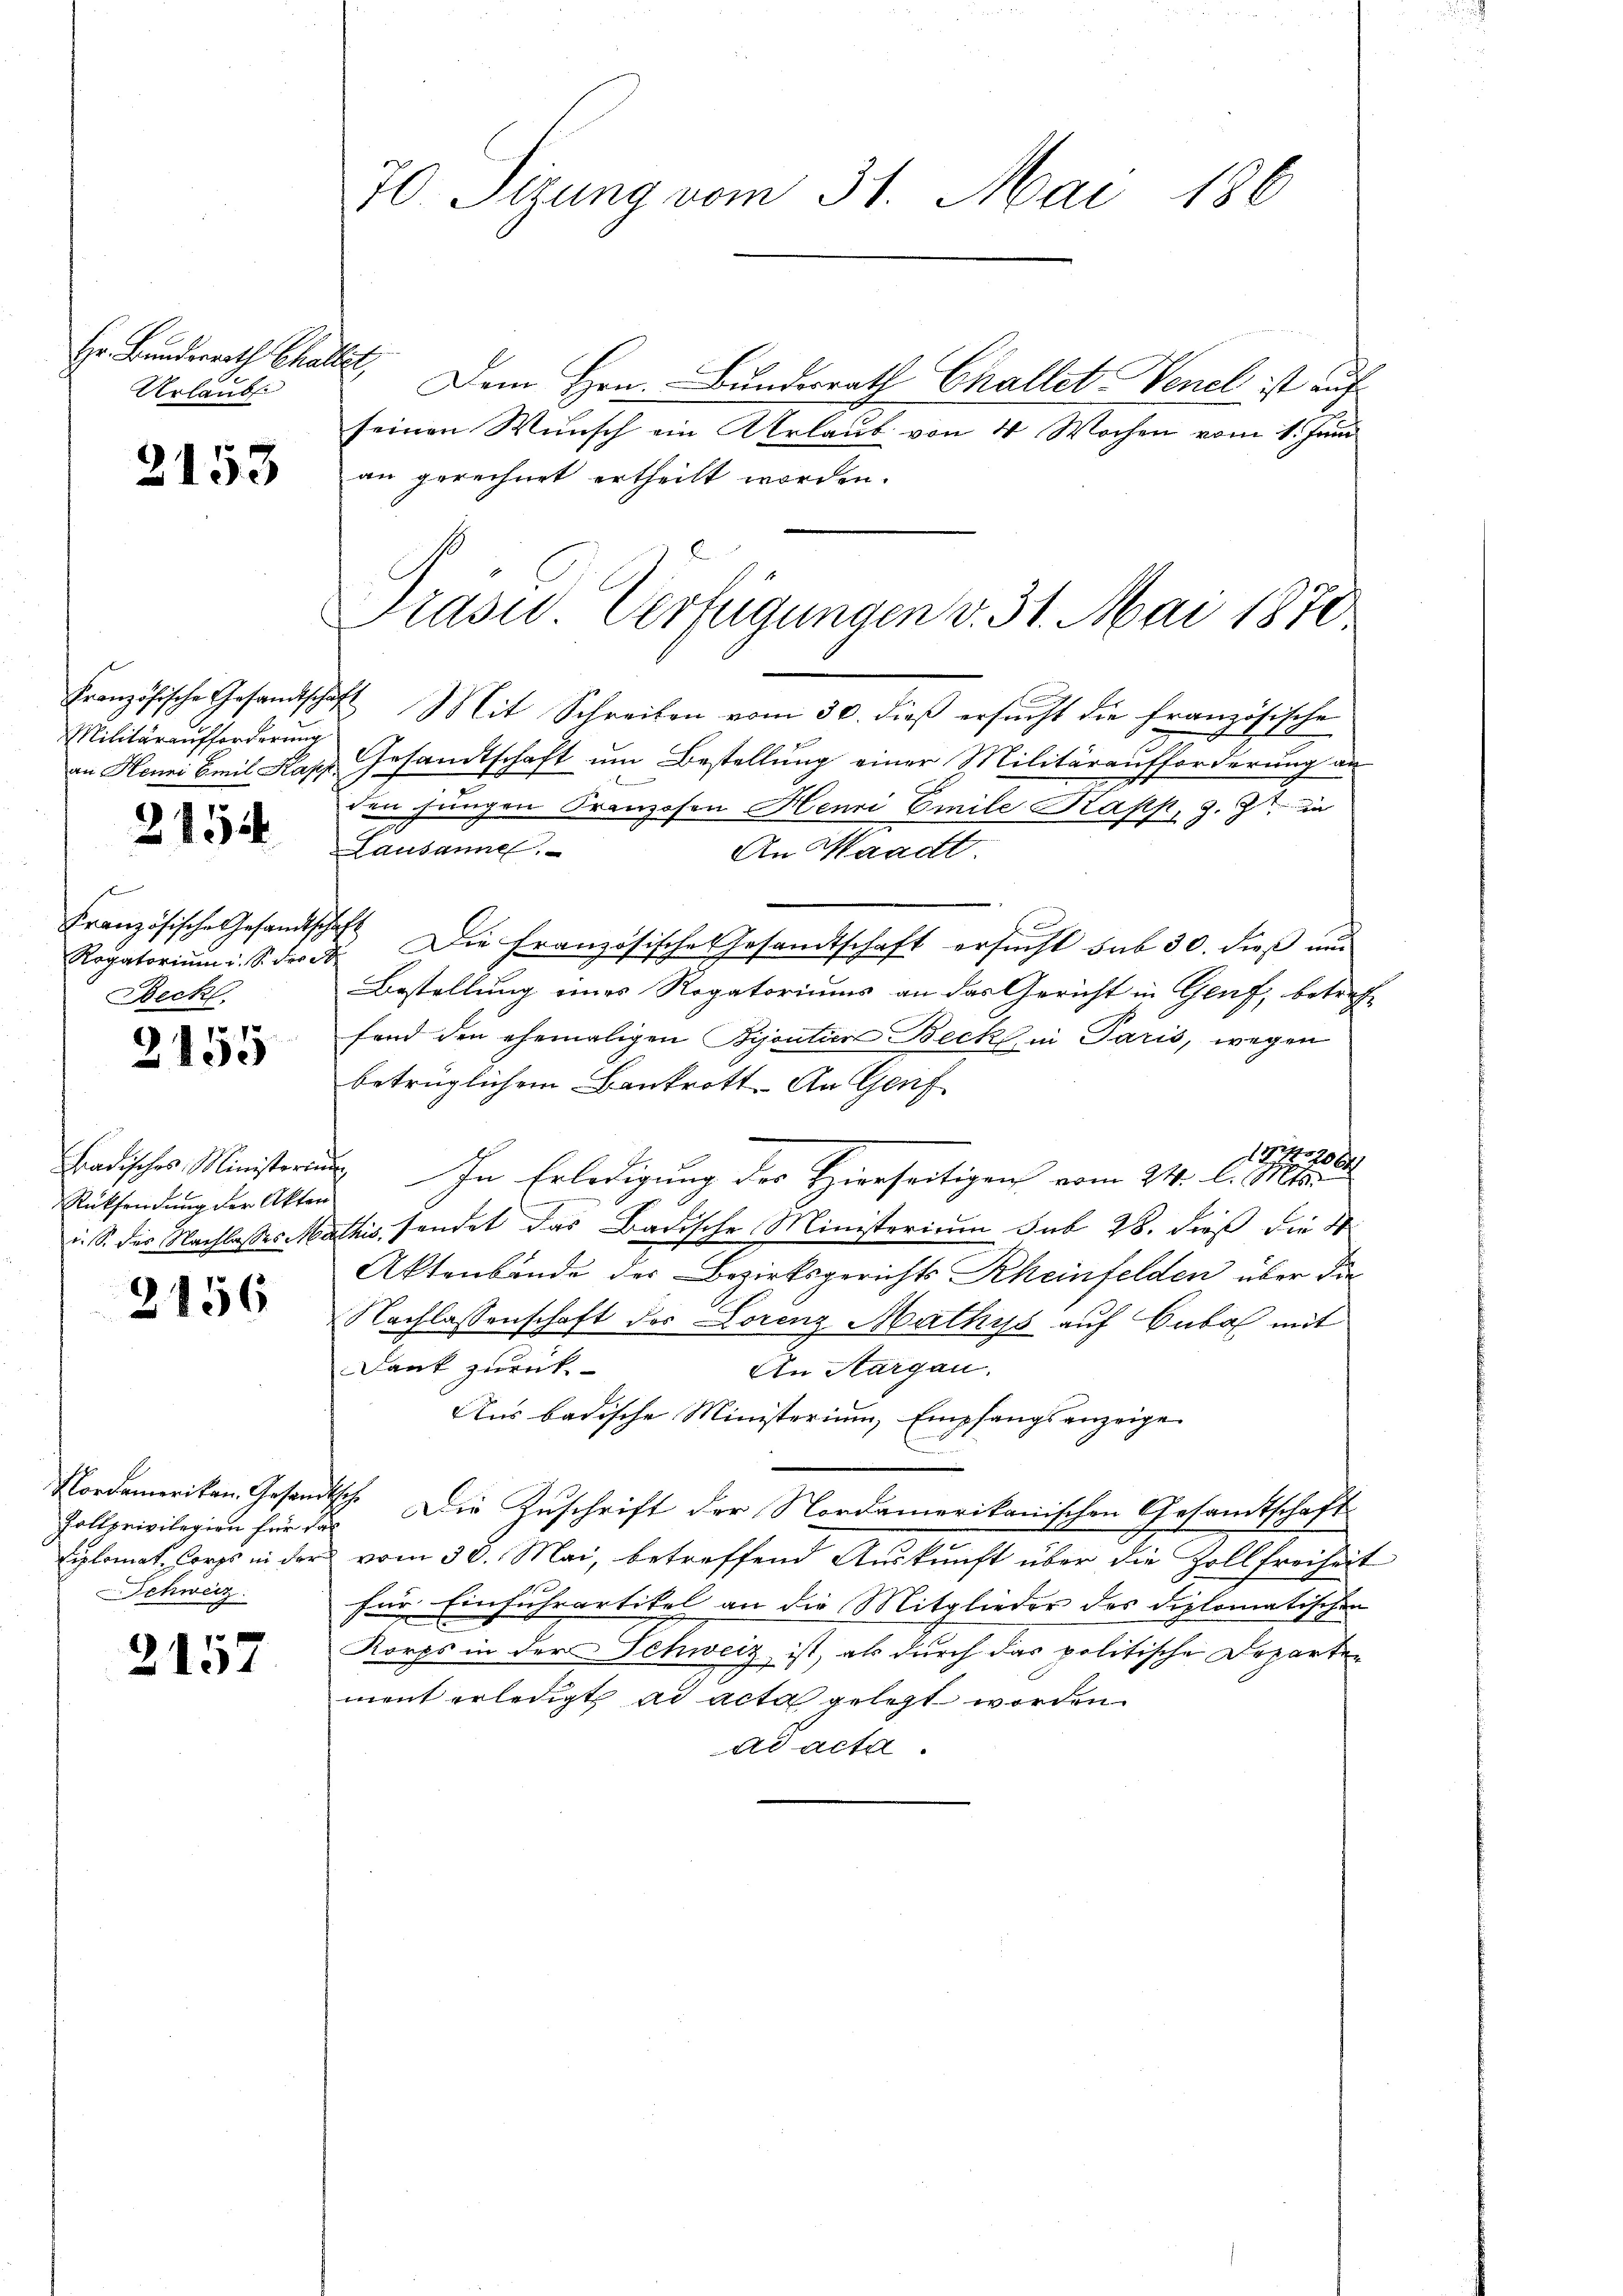
Hr. Banderrath Challet
Urlaubs

2153

Militäraufforderung
an Henni Emil Kapp

2154

e
Französische Gesandts
Beck

3155

Rücksendung der Akten
i. S. des Nachlasses Me

2156

Pollprivilegien für sol
Schweiz.

2157

70. Sizung vom 31. Mai 186

Dem Hrn. Bundesrath Challet Venel ist auf
seinen Wunsch an Urlaub von 14 Wochen vom 14. Juni
an gerechnet ertheilt worden.
F
Französische Gesandtschaft Mit Schreiben vom 30. dieß ersucht die französische
Gesandtschaft um Bestellung einer Militäraufforderung an
den jungen Franzosen Henri Emile Kapp, z. Zt. in
Lausanne.
An Waadt.
d
Rogatorium i. S. Fr. 5. Die Französische Gesandtschaft ersucht sub 30. dieß und
Bestellung eines Rogatoriums an das Gericht in Genf, betreffand den ehemaligen Bijoutier Beck in Paris, wegen
betrüglichem Bankrott. An Genf
de.
24
Badisches Ministerung. In Erledigung des Hierseitigen vom 24. d. Mt
ethis sendet das Badische Ministerium sub 28. dieß die 4
Aktenbande des Bezirksgerichts Rheinfelden über die
Nachlassenschaft der Lorenz Mathys auf Cubal mit
Dank zurück
An Margau.
Aus badische Ministerium, Empfangsanzeige
Nordamerikan. Gesandtsch. Die Zuschrift der Nordamerikanischen Gesamtschaft
Diplomat. Corps in der vom 30. Mai, betreffend Auskunft über die Zollfreiheit
für Einfuhrartikel an die Mitglieder des diplomatischen
Korps in der Schweiz ist, als durch das politische Departen
ment erledigt ad acta gelegt worden.
ad acta.

Präsid. Verfügungen v. 31. Mai 1870